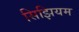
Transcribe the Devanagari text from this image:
सिझियम